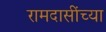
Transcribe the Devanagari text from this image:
रामदासींच्या